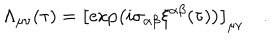
\Lambda _ { \mu \nu } ( \tau ) = \left[ \exp \left( i \sigma _ { \alpha \beta } \xi ^ { \alpha \beta } ( \tau ) \right) \right] _ { \mu \nu } ~ .